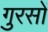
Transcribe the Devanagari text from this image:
गुरसों